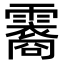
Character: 𬰏